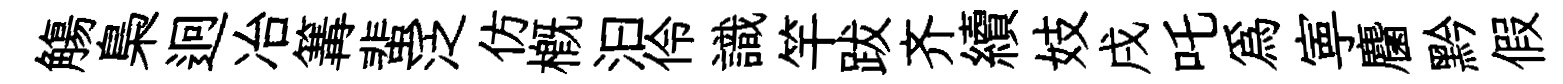
觴梟迥冶篝蜚泛仿概汩伶識竿跋齐續妓戌吒為寕麕黔假